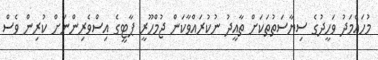
މުހައްމަދު ވަހީދުގެ ސިޔާސަތުތަކަށް ތާއީދު ނުކުރައްވާކަން ޖުމްހޫރީ ޕާޓީގެ އިސްވެރިންނަށް ކުރިން ވެސް